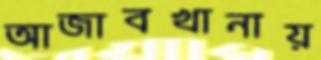
আজাবখানায়